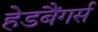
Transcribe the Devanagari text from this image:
हेडबैंगर्स